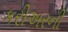
કરીઅરની